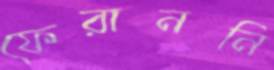
ফেরাননি